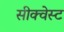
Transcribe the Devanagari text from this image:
सीक्वेस्ट